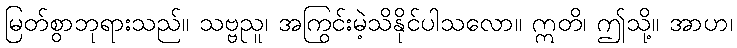
မြတ်စွာဘုရားသည်။ သဗ္ဗညူ၊ အကြွင်းမဲ့သိနိုင်ပါသလော။ ဣတိ၊ ဤသို့။ အာဟ၊